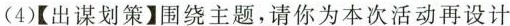
(4)【出谋划策】围绕主题，请你为本次活动再设计